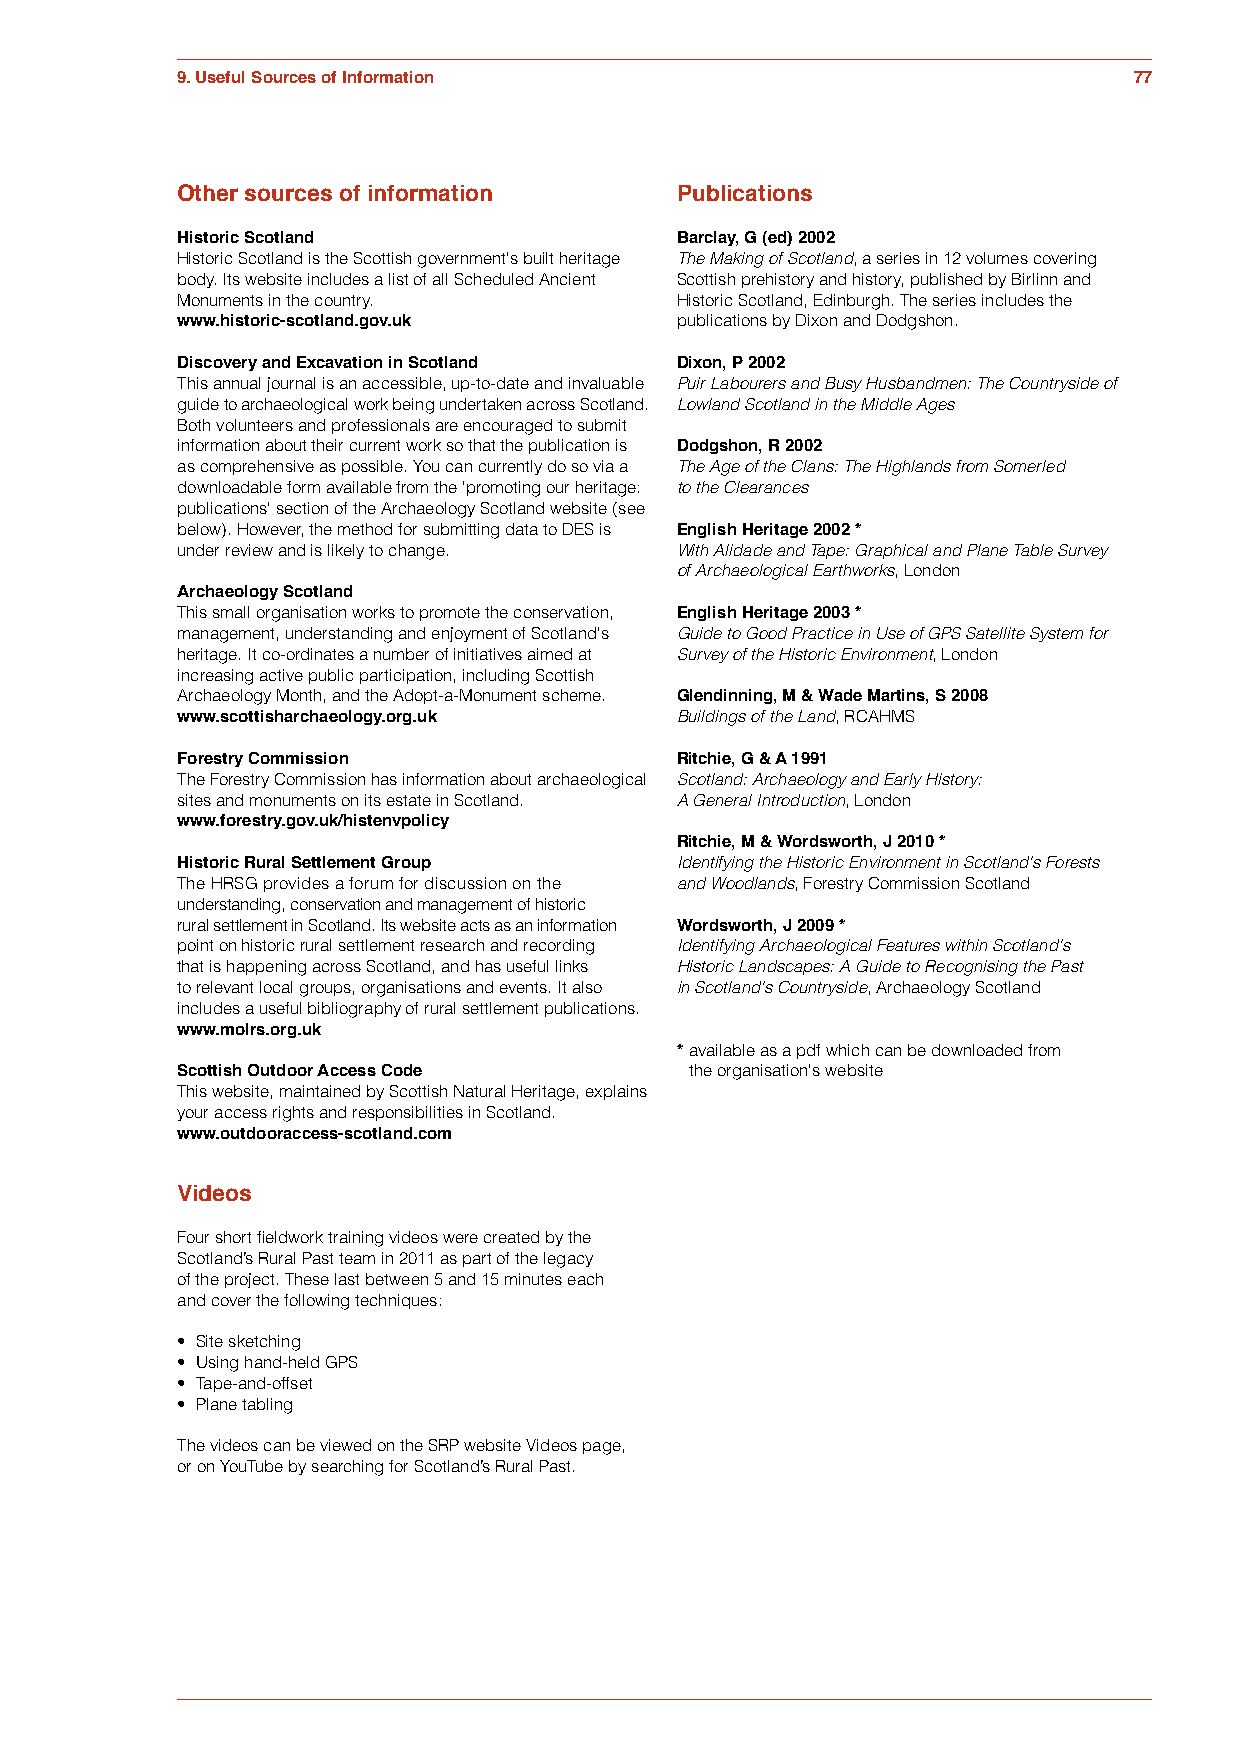
9. Useful Sources of Information                               77
 Other sources of information     Publications
 Historic Scotland                Barclay, G (ed) 2002
 Historic Scotland is the Scottish government's built heritage The Making of Scotland, a series in 12 volumes covering
 body. Its website includes a list of all Scheduled Ancient Scottish prehistory and history, published by Birlinn and
 Monuments in the country.        Historic Scotland, Edinburgh. The series includes the
 www.historic-scotland.gov.uk     publications by Dixon and Dodgshon.
 Discovery and Excavation in Scotland Dixon, P 2002
 This annual journal is an accessible, up-to-date and invaluable Puir Labourers and Busy Husbandmen: The Countryside of
 guide to archaeological work being undertaken across Scotland. Lowland Scotland in the Middle Ages
 Both volunteers and professionals are encouraged to submit
 information about their current work so that the publication is Dodgshon, R 2002
 as comprehensive as possible. You can currently do so via a The Age of the Clans: The Highlands from Somerled
 downloadable form available from the 'promoting our heritage: to the Clearances
 publications' section of the Archaeology Scotland website (see
 below). However, the method for submitting data to DES is English Heritage 2002 *
 under review and is likely to change. With Alidade and Tape: Graphical and Plane Table Survey
 of Archaeological Earthworks, London
 Archaeology Scotland
 This small organisation works to promote the conservation, English Heritage 2003 *
 management, understanding and enjoyment of Scotland's Guide to Good Practice in Use of GPS Satellite System for
 heritage. It co-ordinates a number of initiatives aimed at Survey of the Historic Environment, London
 increasing active public participation, including Scottish
 Archaeology Month, and the Adopt-a-Monument scheme. Glendinning, M & Wade Martins, S 2008
 www.scottisharchaeology.org.uk   Buildings of the Land, RCAHMS
 Forestry Commission              Ritchie, G & A 1991
 The Forestry Commission has information about archaeological Scotland: Archaeology and Early History:
 sites and monuments on its estate in Scotland. A General Introduction, London
 www.forestry.gov.uk/histenvpolicy
 Ritchie, M & Wordsworth, J 2010 *
 Historic Rural Settlement Group  Identifying the Historic Environment in Scotland's Forests
 The HRSG provides a forum for discussion on the and Woodlands, Forestry Commission Scotland
 understanding, conservation and management of historic
 rural settlement in Scotland. Its website acts as an information Wordsworth, J 2009 *
 point on historic rural settlement research and recording Identifying Archaeological Features within Scotland's
 that is happening across Scotland, and has useful links Historic Landscapes: A Guide to Recognising the Past
 to relevant local groups, organisations and events. It also in Scotland's Countryside, Archaeology Scotland
 includes a useful bibliography of rural settlement publications.
 www.molrs.org.uk
 * available as a pdf which can be downloaded from
 Scottish Outdoor Access Code      the organisation's website
 This website, maintained by Scottish Natural Heritage, explains
 your access rights and responsibilities in Scotland.
 www.outdooraccess-scotland.com
 Videos
 Four short fieldwork training videos were created by the
 Scotland’s Rural Past team in 2011 as part of the legacy
 of the project. These last between 5 and 15 minutes each
 and cover the following techniques:
 • Site sketching
 • Using hand-held GPS
 • Tape-and-offset
 • Plane tabling
 The videos can be viewed on the SRP website Videos page,
 or on YouTube by searching for Scotland’s Rural Past.